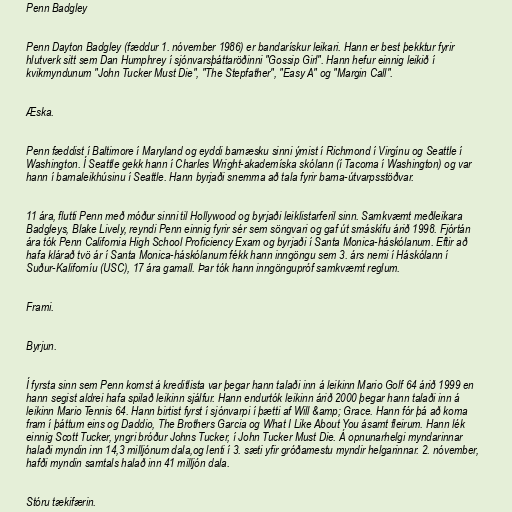
Penn Badgley

Penn Dayton Badgley (fæddur 1. nóvember 1986) er bandarískur leikari. Hann er best þekktur fyrir
hlutverk sitt sem Dan Humphrey í sjónvarsþáttaröðinni "Gossip Girl". Hann hefur einnig leikið í
kvikmyndunum "John Tucker Must Die", "The Stepfather", "Easy A" og "Margin Call".

Æska.

Penn fæddist í Baltimore í Maryland og eyddi barnæsku sinni ýmist í Richmond í Virgínu og Seattle í
Washington. Í Seattle gekk hann í Charles Wright-akademíska skólann (í Tacoma í Washington) og var
hann í barnaleikhúsinu í Seattle. Hann byrjaði snemma að tala fyrir barna-útvarpsstöðvar.

11 ára, flutti Penn með móður sinni til Hollywood og byrjaði leiklistarferil sinn. Samkvæmt meðleikara
Badgleys, Blake Lively, reyndi Penn einnig fyrir sér sem söngvari og gaf út smáskífu árið 1998. Fjórtán
ára tók Penn California High School Proficiency Exam og byrjaði í Santa Monica-háskólanum. Eftir að
hafa klárað tvö ár í Santa Monica-háskólanum fékk hann inngöngu sem 3. árs nemi í Háskólann í
Suður-Kaliforníu (USC), 17 ára gamall. Þar tók hann inngöngupróf samkvæmt reglum.

Frami.

Byrjun.

Í fyrsta sinn sem Penn komst á kreditlista var þegar hann talaði inn á leikinn Mario Golf 64 árið 1999 en
hann segist aldrei hafa spilað leikinn sjálfur. Hann endurtók leikinn árið 2000 þegar hann talaði inn á
leikinn Mario Tennis 64. Hann birtist fyrst í sjónvarpi í þætti af Will &amp; Grace. Hann fór þá að koma
fram í þáttum eins og Daddio, The Brothers Garcia og What I Like About You ásamt fleirum. Hann lék
einnig Scott Tucker, yngri bróður Johns Tucker, í John Tucker Must Die. Á opnunarhelgi myndarinnar
halaði myndin inn 14,3 milljónum dala,og lenti í 3. sæti yfir gróðamestu myndir helgarinnar. 2. nóvember,
hafði myndin samtals halað inn 41 milljón dala.

Stóru tækifærin.